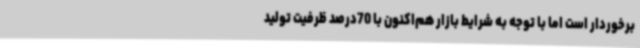
برخوردار است اما با توجه به شرایط بازار هم‌اکنون با 70درصد ظرفیت تولید